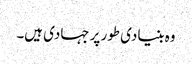
وہ بنیادی طور پر جہادی ہیں۔